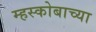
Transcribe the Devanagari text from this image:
म्हस्कोबाच्या